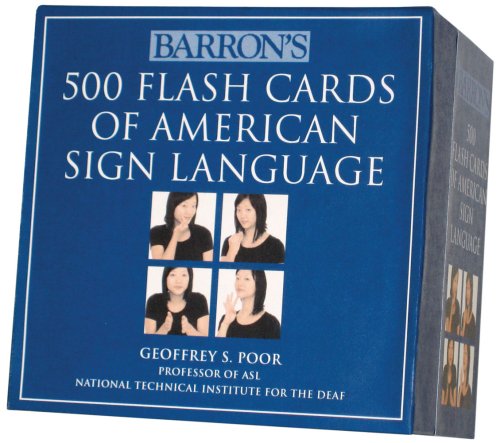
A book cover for Barron's 500 Flash Cards of American Sign Language; Geoffrey S. Poor; Engineering & Transportation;